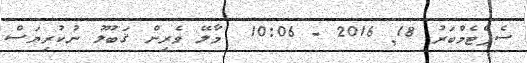
ސެޕްޓެމްބަރު 18